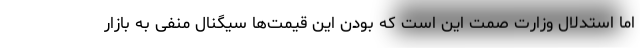
اما استدلال وزارت صمت این است که بودن این قیمت‌ها سیگنال منفی به بازار